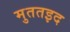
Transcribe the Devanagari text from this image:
मुततइद